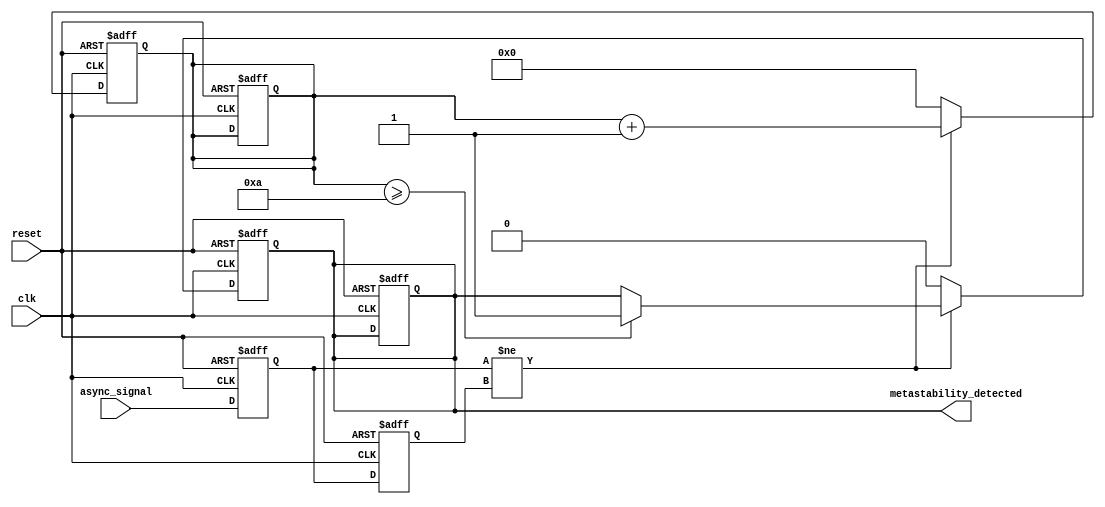
module metastability_detector (
    input wire clk,                // Clock input
    input wire reset,              // Reset input
    input wire async_signal,       // Asynchronous input signal
    output reg metastability_detected // Output signal indicating metastability
);

    // Internal signals for the flip-flops
    reg ff1_out, ff2_out;
    reg [3:0] metastability_counter; // Counter to monitor duration of metastability

    // Parameters for metastability detection
    parameter METASTABILITY_THRESHOLD = 4'd10; // Adjust as necessary for your timing

    // Sampling flip-flops
    always @(posedge clk or posedge reset) begin
        if (reset) begin
            ff1_out <= 1'b0;
            ff2_out <= 1'b0;
            metastability_detected <= 1'b0;
            metastability_counter <= 4'd0;
        end else begin
            ff1_out <= async_signal; // Sample the asynchronous signal
            ff2_out <= ff1_out;      // Sample the output of the first flip-flop
        end
    end

    // Metastability detection logic
    always @(posedge clk or posedge reset) begin
        if (reset) begin
            metastability_detected <= 1'b0;
            metastability_counter <= 4'd0;
        end else begin
            if (ff1_out != ff2_out) begin
                // Outputs are different, indicating potential metastability
                metastability_counter <= metastability_counter + 1;
                if (metastability_counter >= METASTABILITY_THRESHOLD) begin
                    metastability_detected <= 1'b1; // Metastability detected
                end
            end else begin
                // Outputs are the same, reset the counter
                metastability_counter <= 4'd0;
                metastability_detected <= 1'b0; // Clear metastability detection
            end
        end
    end

endmodule